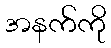
အနက်ကို